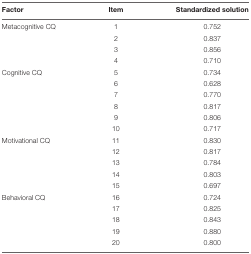
<table><thead><tr><td><b>Factor</b></td><td><b>Item</b></td><td><b>Standardized solution</b></td></tr></thead><tbody><tr><td>Metacognitive CQ</td><td>1</td><td>0.752</td></tr><tr><td></td><td>2</td><td>0.837</td></tr><tr><td></td><td>3</td><td>0.856</td></tr><tr><td></td><td>4</td><td>0.710</td></tr><tr><td>Cognitive CQ</td><td>5</td><td>0.734</td></tr><tr><td></td><td>6</td><td>0.628</td></tr><tr><td></td><td>7</td><td>0.770</td></tr><tr><td></td><td>8</td><td>0.817</td></tr><tr><td></td><td>9</td><td>0.806</td></tr><tr><td></td><td>10</td><td>0.717</td></tr><tr><td>Motivational CQ</td><td>11</td><td>0.830</td></tr><tr><td></td><td>12</td><td>0.817</td></tr><tr><td></td><td>13</td><td>0.784</td></tr><tr><td></td><td>14</td><td>0.803</td></tr><tr><td></td><td>15</td><td>0.697</td></tr><tr><td>Behavioral CQ</td><td>16</td><td>0.724</td></tr><tr><td></td><td>17</td><td>0.825</td></tr><tr><td></td><td>18</td><td>0.843</td></tr><tr><td></td><td>19</td><td>0.880</td></tr><tr><td></td><td>20</td><td>0.800</td></tr></tbody></table>